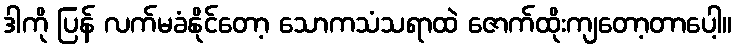
ဒါကို ပြန် လက်မခံနိုင်တော့ သောကသံသရာထဲ ဇောက်ထိုးကျတော့တာပေါ့။